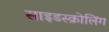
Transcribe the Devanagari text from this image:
साइडस्क्रोलिंग